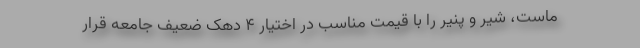
ماست، شیر و پنیر را با قیمت مناسب در اختیار ۴ دهک ضعیف جامعه قرار